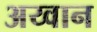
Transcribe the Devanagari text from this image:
अय्वान